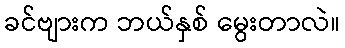
ခင်ဗျားက ဘယ်နှစ် မွေးတာလဲ။